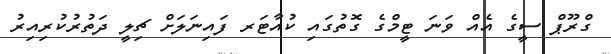
ގްރޫޕް ސީގެ އެއް ވަނަ ޓީމްގެ ގޮތުގައި ކުއާޓަރ ފައިނަލަށް ޗިލީ ދަތުރުކުރިއިރު